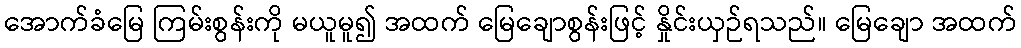
အောက်ခံမြေ ကြမ်းစွန်းကို မယူမူ၍ အထက် မြေချောစွန်းဖြင့် နှိုင်းယှဉ်ရသည်။ မြေချော အထက်